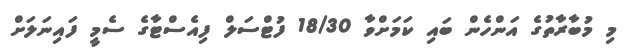
މި މުބާރާތުގެ އަންހެން ބައި ކަމަށްވާ 18/30 ފުޓްސަލް ފިއެސްޓާގެ ސެމީ ފައިނަލަށް